Scottish Leaving Certificate Examination, 1956
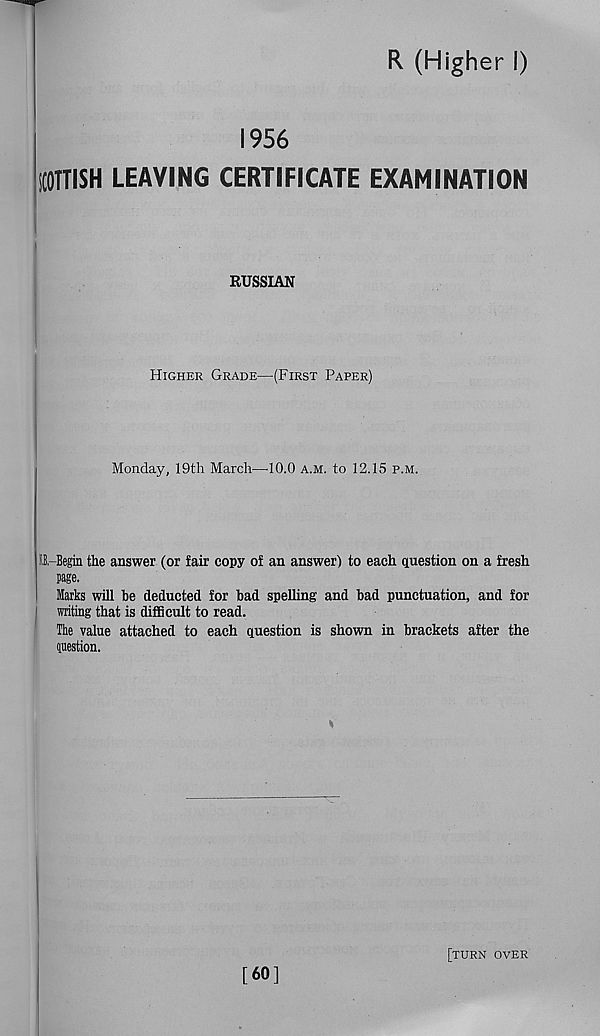
R (Higher I)
1956
SCOTTISH LEAVING CERTIFICATE EXAMINATION
RUSSIAN
Higher Grade—(First Paper)
Monday, 19th March—dO.O a.m. to 12.15 p.m.
E-Begin the answer (or fair copy of an answer) to each question on a fresh
page.
Marks will be deducted for bad spelling and bad punctuation, and for
writing that is difficult to read.
The value attached to each question is shown in brackets after the
question.
*
[60]
[turn over